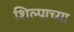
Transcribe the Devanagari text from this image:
शिल्पाच्या